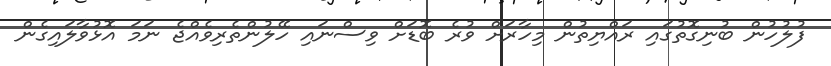
ފުލުހުން ބުނިގޮތުގައި ރައްޔިތުން މިހާރަށް ވުރެ ބޮޑަށް ވިސްނައި ހޭލުންތެރިވެއްޖެ ނަމަ އޮޅުވާލައިގެން